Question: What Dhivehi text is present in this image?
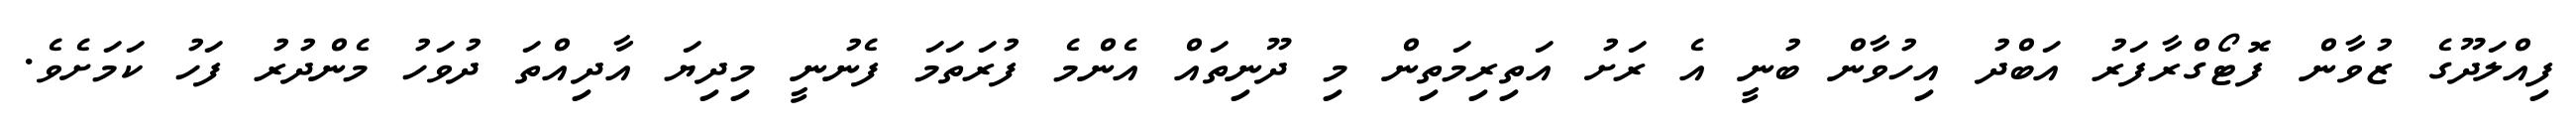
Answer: ފިއްލަދޫގެ ޒުވާން ފޮޓޯގްރާފަރު އަބްދު އިހުވާން ބުނީ އެ ރަށު އަތިރިމަތިން މި ދޫނިތައް އެންމެ ފުރަތަމަ ފެނުނީ މިދިޔަ އާދިއްތަ ދުވަހު މެންދުރު ފަހު ކަމަށެވެ.